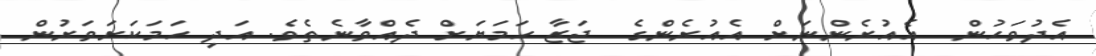
އެދުވަހުން  އެއުރެންނަށް އެއުރެންގެ  ޖަޒާ ހަމަޔަށް ދެއްވާނެތެވެ. އަދި ހަމަކަށަވަރުން